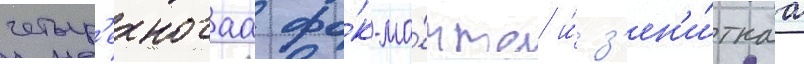
четыр'ехногаа фо́к-ма́чта и́ з'ен'и́тнаа